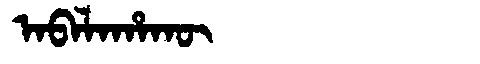
Manchu: ᠠᠪᠠᠯᠠᡥᠠᡴᡡ
Romanization: ABALAHAKŪ